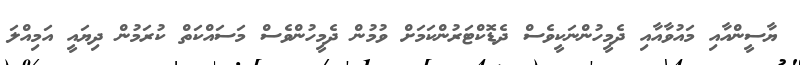
ޔާސީންއާއި މައުވާއާއި ދެމީހުންނަކީވެސް ދެޑޮކްޓަރުންކަމަށް ވުމުން ދެމީހުންވެސް މަސައްކަތް ކުރަމުން ދިޔައީ އަމިއްލަ